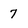
Character: 7